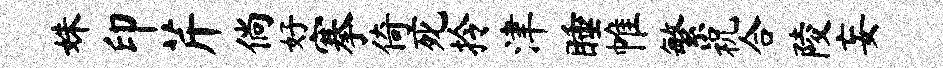
姝印芹倘好搴倚死拎津睡帷繁祝合陵妄